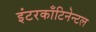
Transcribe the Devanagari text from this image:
इंटरकाँटिनेन्टल